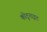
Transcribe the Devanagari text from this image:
कोटुनाइट